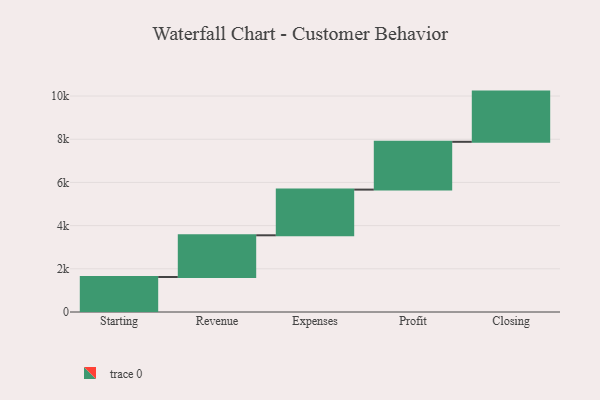
{"axis": {"x": "Step", "y": "Value"}, "legend": [""], "data": [{"x": "Starting", "y": 1620.0, "type": ""}, {"x": "Revenue", "y": 1932.0, "type": ""}, {"x": "Expenses", "y": 2116.0, "type": ""}, {"x": "Profit", "y": 2213.0, "type": ""}, {"x": "Closing", "y": 2325.0, "type": ""}]}